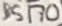
Text: BS170